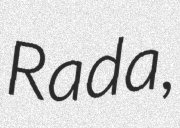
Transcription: Rada,